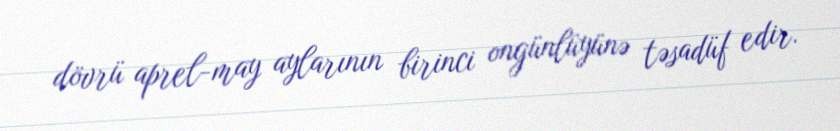
dövrü aprel-may aylarının birinci ongünlüyünə təsadüf edir.